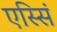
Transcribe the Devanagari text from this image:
एस्सिं